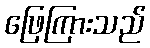
ဖြေကြားသည်